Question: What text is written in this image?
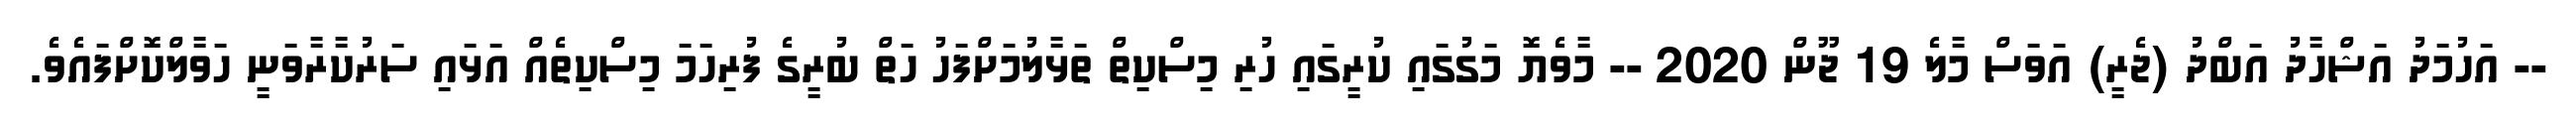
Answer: -- އަހުމަދު އަޝްހާދު އަބްދު (ޖެރީ) އަވަސް މާލެ 19 ޖޫން 2020 -- މާވެޔޮ މަގުގައި ކުރީގައި ހުރި މިސްކިތް ތަޅާލުމަށްފަހު ހަތް ބުރީގެ ފުރިހަމަ މިސްކިތެއް އަޅައި ސަރުކާރާވަނީ ހަވާލްކޮށްފައެވެ.